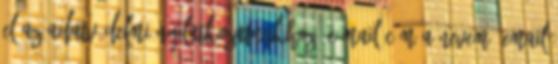
el az Adatvédelmi nyilatkozatunkhoz. E-mail cím A nevem, email